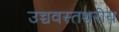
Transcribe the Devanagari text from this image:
उच्चवस्तथरीय